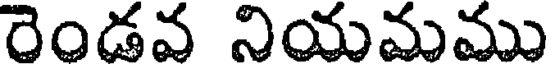
రెండవ నియమము